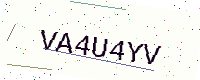
Text: VA4U4YV